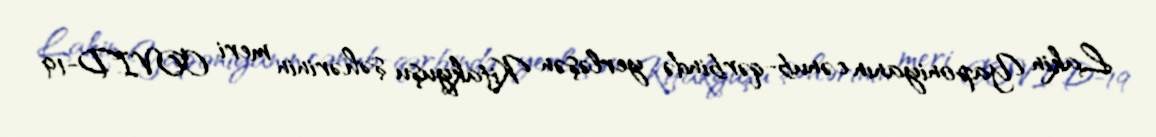
Lakin Yaponiyanın cənub-qərbində yerləşən Kitakyuşu şəhərinin meri COVID-19